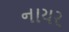
નાયર